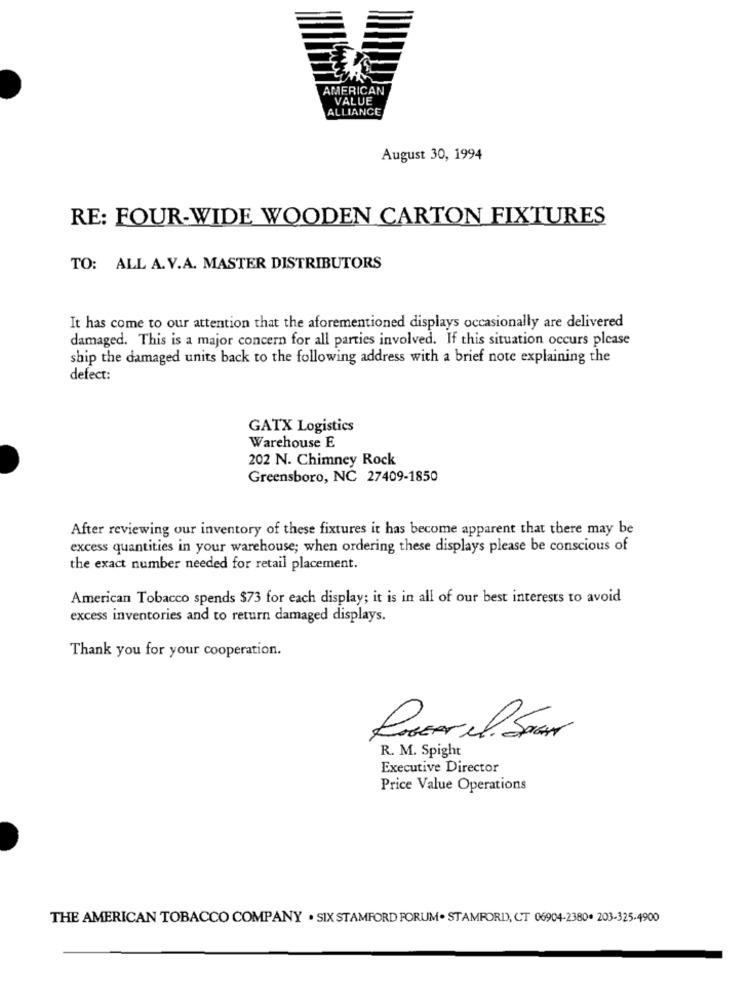
AMERICAN
VALUE
ALLIANCE
August 30, 1994
RE: FOUR-WIDE WOODEN CARTON FIXTURES
TO: ALL A. V.A. MASTER DISTRIBUTORS
It has come to our attention that the aforementioned displays occasionally are delivered
damaged. This is a major concern for all parties involved. If this situation occurs please
ship the damaged units back to the following address with a brief note explaining the
defect:
GATX Logistics
Warehouse E
202 N. Chimney Rock
Greensboro, NC 27409-1850
After reviewing our inventory of these fixtures it has become apparent that there may be
excess quantities in your warehouse; when ordering these displays please be conscious of
the exact number needed for retail placement.
American Tobacco spends $73 for each display; it is in all of our best interests to avoid
excess inventories and to return damaged displays.
Thank you for your cooperation.
Ruacar el SoAN
R. M. Spight
Executive Director
Price Value Operations
THE AMERICAN TOBACCO COMPANY . SIX STAMFORD FORUM. STAMFORD, CT 06904-2380. 203-325-4900